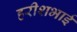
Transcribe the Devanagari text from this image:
हरीशभाई